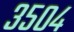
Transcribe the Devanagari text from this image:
३५०४